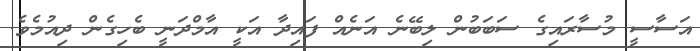
އަސާސީ މުސާރައިގެ ސަބަބުން ލިބޭނެ އަނެއް ފައިދާ އަކީ އާމްދަނީ ބެހިގެން ދިއުމެވެ.